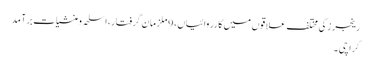
رینجرز کی مختلف علاقوں میں کارروائیاں، 9 ملزمان گرفتار، اسلحہ و منشیات برآمد
کراچی ۔